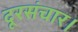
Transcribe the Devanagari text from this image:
दूरसंचार।